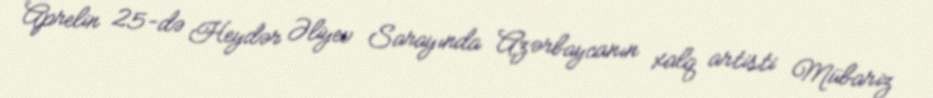
Aprelin 25-də Heydər Əliyev Sarayında Azərbaycanın xalq artisti Mübariz